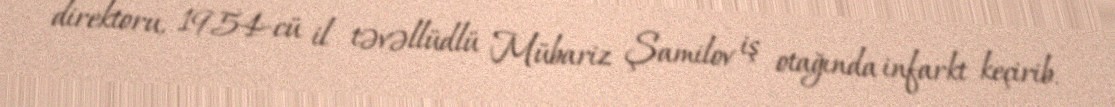
direktoru, 1954-cü il təvəllüdlü Mübariz Şamilov iş otağında infarkt keçirib.